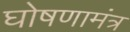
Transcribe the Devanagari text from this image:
घोषणामंत्र